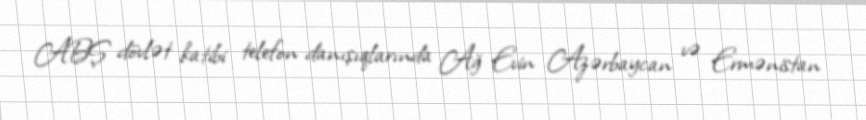
ABŞ dövlət katibi telefon danışıqlarında Ağ Evin Azərbaycan və Ermənistan